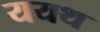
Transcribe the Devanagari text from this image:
ययथ